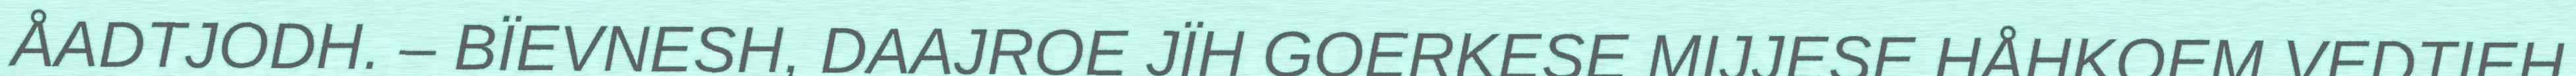
ÅADTJODH. – BÏEVNESH, DAAJROE JÏH GOERKESE MIJJESE HÅHKOEM VEDTIEH